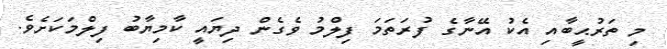
މި ތަރުޙީބާއި އެކު އޭނާގެ ފުރަތަމަ ފިލްމު ވެގެން ދިޔައީ ކާމިޔާބު ފިލްމަކަށެވެ.